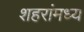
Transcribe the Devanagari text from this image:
शहरांमध्य